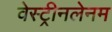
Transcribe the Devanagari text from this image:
वेस्ट्रीनलेनम